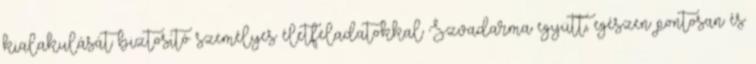
kialakulását biztosító személyes életfeladatokkal Szvadarma együtt, egészen pontosan és